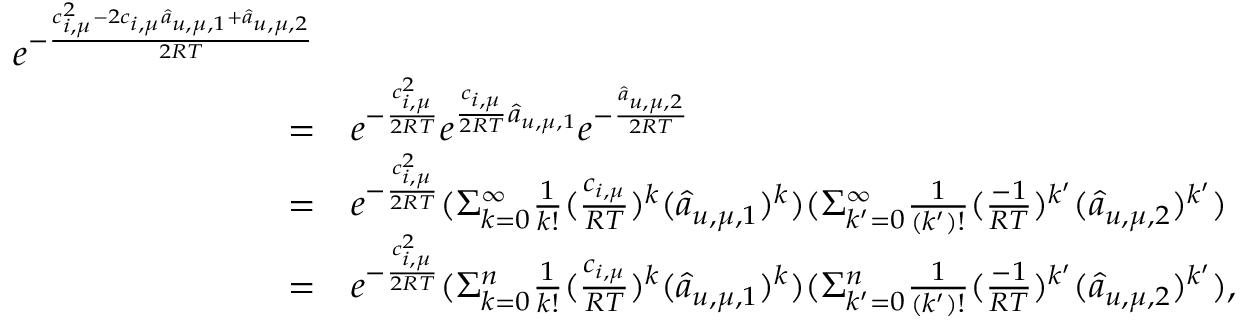
\begin{array} { r l } { e ^ { - \frac { c _ { i , \mu } ^ { 2 } - 2 c _ { i , \mu } \hat { a } _ { u , \mu , 1 } + \hat { a } _ { u , \mu , 2 } } { 2 R T } } } \\ { = } & { e ^ { - \frac { c _ { i , \mu } ^ { 2 } } { 2 R T } } e ^ { \frac { c _ { i , \mu } } { 2 R T } \hat { a } _ { u , \mu , 1 } } e ^ { - \frac { \hat { a } _ { u , \mu , 2 } } { 2 R T } } } \\ { = } & { e ^ { - \frac { c _ { i , \mu } ^ { 2 } } { 2 R T } } ( \Sigma _ { k = 0 } ^ { \infty } \frac { 1 } { k ! } ( \frac { c _ { i , \mu } } { R T } ) ^ { k } ( \hat { a } _ { u , \mu , 1 } ) ^ { k } ) ( \Sigma _ { k ^ { \prime } = 0 } ^ { \infty } \frac { 1 } { ( k ^ { \prime } ) ! } ( \frac { - 1 } { R T } ) ^ { k ^ { \prime } } ( \hat { a } _ { u , \mu , 2 } ) ^ { k ^ { \prime } } ) } \\ { = } & { e ^ { - \frac { c _ { i , \mu } ^ { 2 } } { 2 R T } } ( \Sigma _ { k = 0 } ^ { n } \frac { 1 } { k ! } ( \frac { c _ { i , \mu } } { R T } ) ^ { k } ( \hat { a } _ { u , \mu , 1 } ) ^ { k } ) ( \Sigma _ { k ^ { \prime } = 0 } ^ { n } \frac { 1 } { ( k ^ { \prime } ) ! } ( \frac { - 1 } { R T } ) ^ { k ^ { \prime } } ( \hat { a } _ { u , \mu , 2 } ) ^ { k ^ { \prime } } ) , } \end{array}